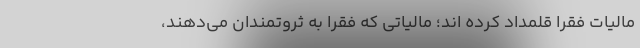
مالیات فقرا قلمداد کرده اند؛ مالیاتی که فقرا به ثروتمندان می‌دهند،